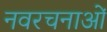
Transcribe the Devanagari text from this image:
नवरचनाओं